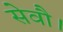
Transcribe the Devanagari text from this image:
सेवाै।